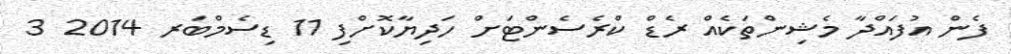
ފެން އުފައްދާ މެޝިންތަކެއް ރެެޑް ކްރެސެންޓަށް ހަދިޔާކޮށްފި 11 ޑިސެމްބަރ 2014 3